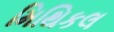
મિથિકલ